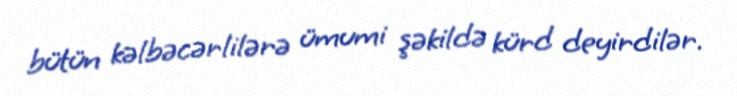
bütün kəlbəcərlilərə ümumi şəkildə kürd deyirdilər.